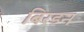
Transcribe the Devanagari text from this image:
बिरडन